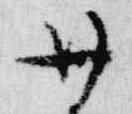
廿